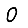
Digit: 0